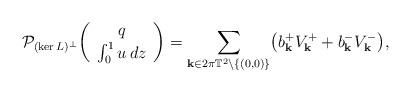
LaTeX: \begin{align*}\mathcal P_{(\ker L)^\perp} \biggl(\begin{array}{c}q \\ \int_0^1 u \,dz\end{array} \biggr) = \sum_{\mathbf k \in 2\pi \mathbb T^2 \setminus \lbrace (0,0)\rbrace} \bigl( b_{\mathbf k}^+ V_{\mathbf k}^+ + b_{\mathbf k}^- V_{\mathbf k}^- \bigr),\end{align*}